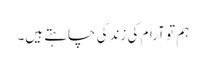
ہم تو آرام کی زندگی چاہتے ہیں۔